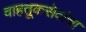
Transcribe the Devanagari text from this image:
वाहतूकसेवांचा